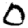
Digit: 0